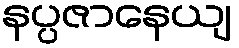
နပ္ပဇာနေယျ